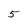
Character: 5